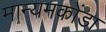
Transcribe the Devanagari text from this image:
मान्यमकोंडा